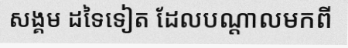
សង្គម ដទៃទៀត ដែលបណ្តាលមកពី